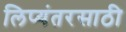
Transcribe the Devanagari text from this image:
लिप्यंतरसाठी